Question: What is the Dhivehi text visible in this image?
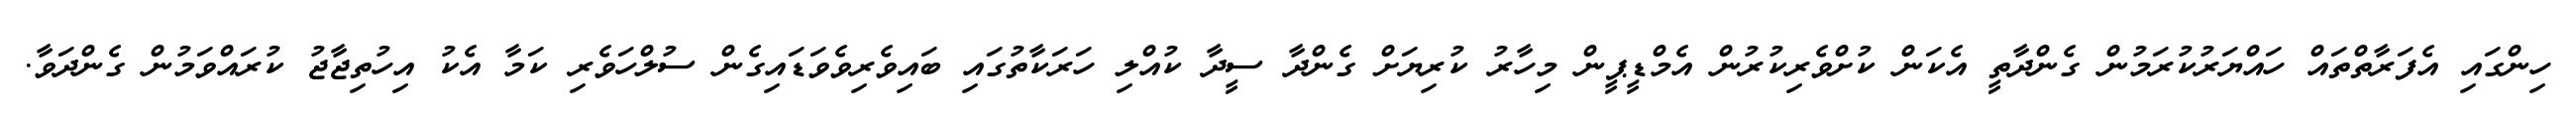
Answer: ހިންގައި އެފަރާތްތައް ހައްޔަރުކުރަމުން ގެންދާތީ އެކަން ކުށްވެރިކުރުން އެމްޑީޕީން މިހާރު ކުރިޔަށް ގެންދާ ސީދާ ކުއްލި ހަރަކާތުގައި ބައިވެރިވެވަޑައިގެން ސުލްހަވެރި ކަމާ އެކު އިހުތިޖާޖު ކުރައްވަމުން ގެންދަވާ.